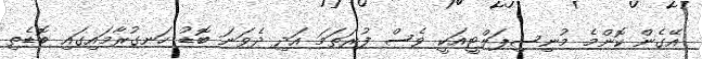
އޭގެން ކޮންމެ މުނިސިޕަލްޓީއަކީ ވެސް ފުރަތަމަ އަދި ދެވަނަ ބޮޑު ހަނގުރާމައިގައި ބޮޑެތި